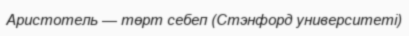
Аристотель — төрт себеп (Стэнфорд университеті)